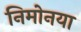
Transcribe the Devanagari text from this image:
निमोनया